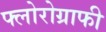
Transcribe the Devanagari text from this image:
फ्लोरोग्राफी